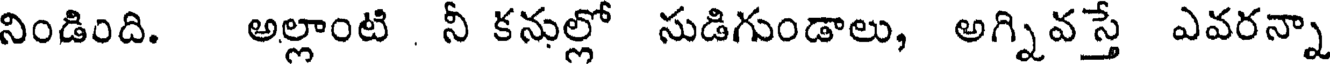
నిండింది. అల్లాంటి నీ కనుల్లో సుడిగుండాలు, అగ్నివస్తే ఎవరన్నా